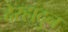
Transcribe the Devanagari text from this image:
देरहादुन